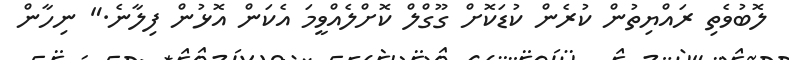
ލޮބުވެތި ރައްޔިތުން ކުރެން ކުޑަކޮށް ގޫގްލް ކޮށްލެއްވީމަ އެކަން އޮޅުން ފިލާނެ." ނިހާން